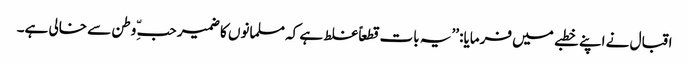
اقبال نے اپنے خطبے میں فرمایا: ’’یہ بات قطعاً غلط ہے کہ مسلمانوں کا ضمیر حبّ ِ وطن سے خالی ہے۔